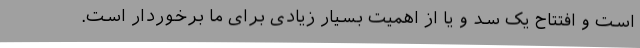
است و افتتاح یک سد و یا از اهمیت بسیار زیادی برای ما برخوردار است.